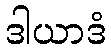
ဒါယာဒံ